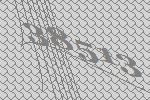
38513